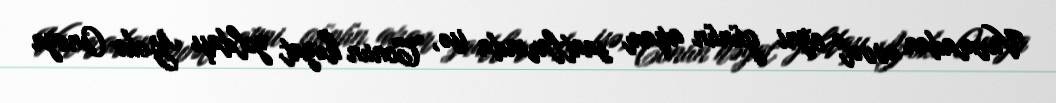
Vurmadan əvvəl eyni günün axşam saatlarında isə, Conun həyat yoldaşı Yoko Onoya